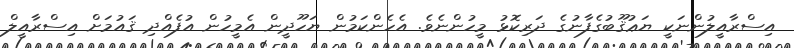
އިސްރާއީލުންނަކީ ޔަޢުޤޫބުގެފާނުގެ ދަރިކޮޅު މީހުންނެވެ. އެހެންކަމުން ޔަހޫދީން އެމީހުން އުފެއްދި ޤައުމަށް އިސްރާއީލް